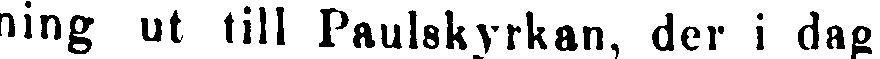
ning ut till Paulskyrkan, der i dag